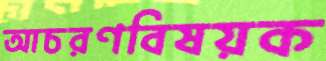
আচরণবিষয়ক